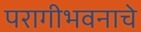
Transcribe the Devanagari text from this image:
परागीभवनाचे